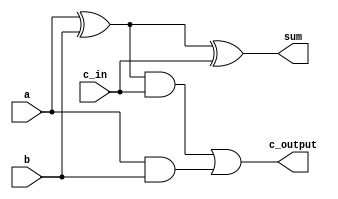
`timescale 1ns / 1ps
//////////////////////////////////////////////////////////////////////////////////
// Company: 
// 
// Design Name: 
// Module Name: fa_csa
// Project Name: 
// Target Devices: 
// Tool Versions: 
// Description: 
// 
// Dependencies: 
// 
// Revision:
// Revision 0.01 - File Created
// Additional Comments:
// 
//////////////////////////////////////////////////////////////////////////////////


module fa_csa(
    input a,
    input b,
    input c_in,
    output sum,
    output c_output
    );
    wire p,g;
    assign p = a ^ b;
    assign g = a & b;
    assign sum = p ^ c_in;
    assign c_output = (p & c_in) | g;
endmodule